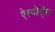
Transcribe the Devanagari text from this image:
ऐल्कोहाँल